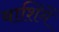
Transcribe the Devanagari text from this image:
बाशिंगें